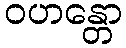
ဝဟန္တော